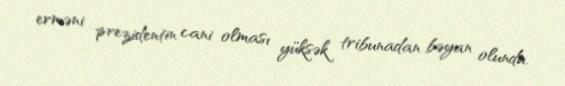
erməni prezidentin cani olması yüksək tribunadan bəyan olundu.